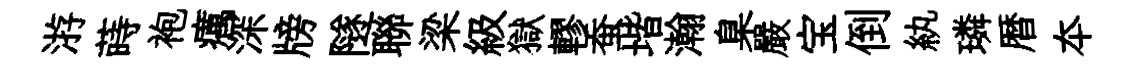
㳺蒔袍癘深牓隧聯梁級獄轇蚕堦瀚臬嚴宝倒紈璘暦夲